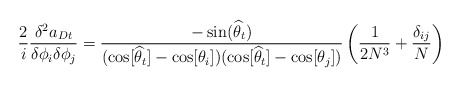
\begin{align*}\frac{2}{i} \frac{\delta ^2 a_{Dt} }{\delta \phi_i \delta \phi_j}=\frac{-\sin(\widehat{\theta}_t)}{( \cos [\widehat{\theta}_t] -\cos[\theta_i])( \cos [\widehat{\theta}_t] - \cos[\theta_j])}\left( \frac{1}{2 N^3} +\frac{\delta_{ij}}{N} \right)\end{align*}